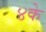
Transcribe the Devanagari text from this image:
४के